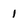
Character: 1